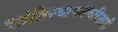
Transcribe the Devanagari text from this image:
शांतिस्थापनेकरिताही